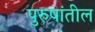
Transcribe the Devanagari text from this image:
पुरुषांतील